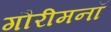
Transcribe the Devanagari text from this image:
गौरीमनॉ